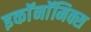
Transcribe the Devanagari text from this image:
इकाॅनाॅमिक्स